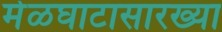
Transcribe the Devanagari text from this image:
मेळघाटासारख्या